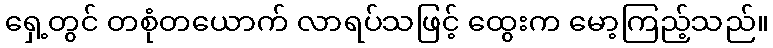
ရှေ့တွင် တစုံတယောက် လာရပ်သဖြင့် ထွေးက မော့ကြည့်သည်။